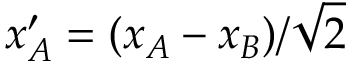
x _ { A } ^ { \prime } = ( x _ { A } - x _ { B } ) / \sqrt 2